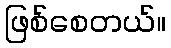
ဖြစ်စေတယ်။